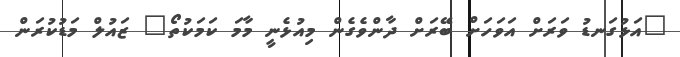
"އަޅުގަނޑު ވަރަށް އަވަހަށް ބޭރަށް ދާންވެގެން މިއުޅެނީ މާމަ ކަމަކުތޯ" ޒައުލް މަޑުކުރަން